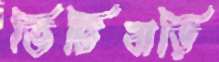
ভিটিবাড়ি